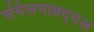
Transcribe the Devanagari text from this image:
संमेलनाबद्दल